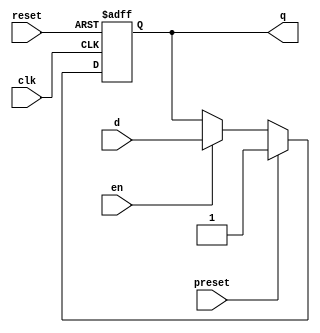
module d_flip_flop (
    input wire clk,
    input wire reset,
    input wire preset,
    input wire d,
    input wire en,
    output reg q
);

always @ (posedge clk or posedge reset)
begin
    if (reset)
        q <= 1'b0;
    else if (preset)
        q <= 1'b1;
    else if (en)
        q <= d;
end

endmodule